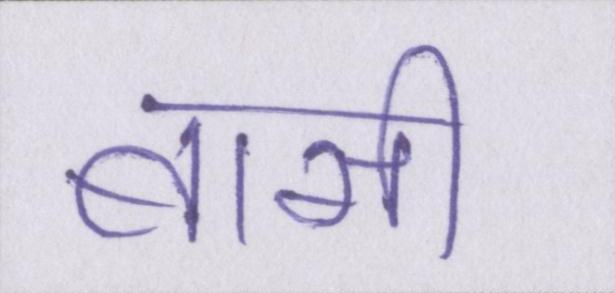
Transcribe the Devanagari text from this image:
बासी